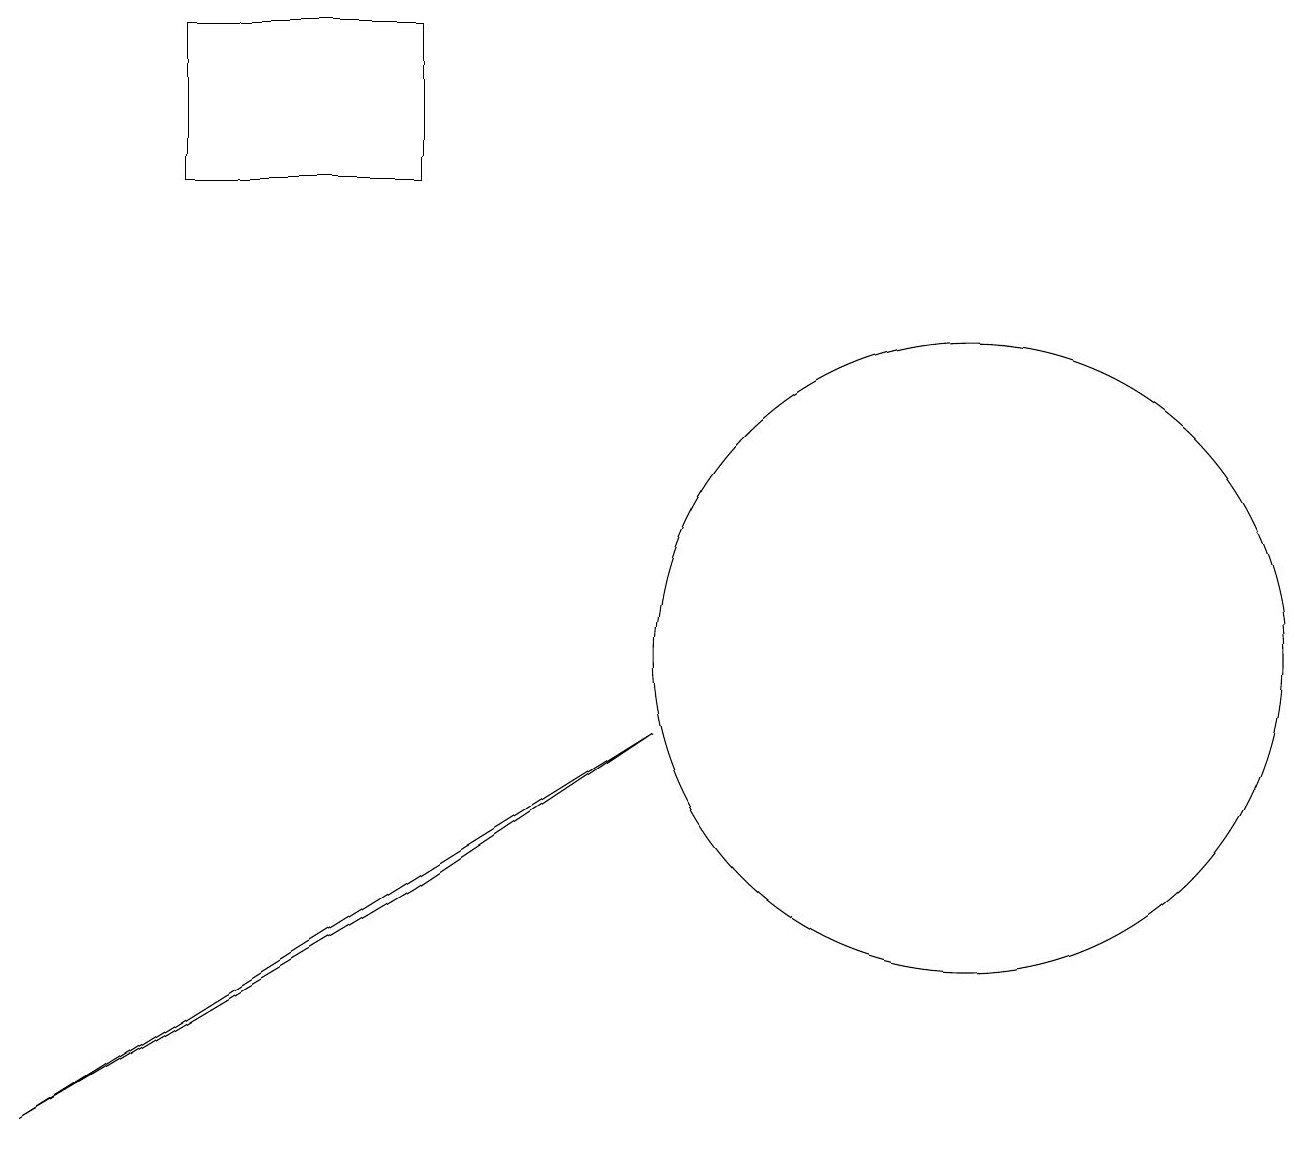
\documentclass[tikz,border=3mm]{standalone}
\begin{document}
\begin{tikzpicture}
\draw (12,10) circle (4);
\draw (2,18) rectangle (5,16);
\draw (0,4) -- (8,9) -- (5,7) -- cycle;
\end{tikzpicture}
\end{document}